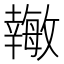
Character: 𪪉